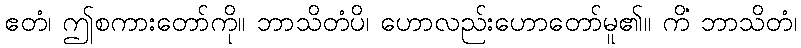
ဧတံ၊ ဤစကားတော်ကို။ ဘာသိတံပိ၊ ဟောလည်းဟောတော်မူ၏။ ကိံ ဘာသိတံ၊